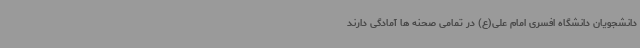
دانشجویان دانشگاه افسری امام علی(ع) در تمامی صحنه ها آمادگی دارند